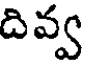
దివ్వ